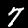
Label: 7